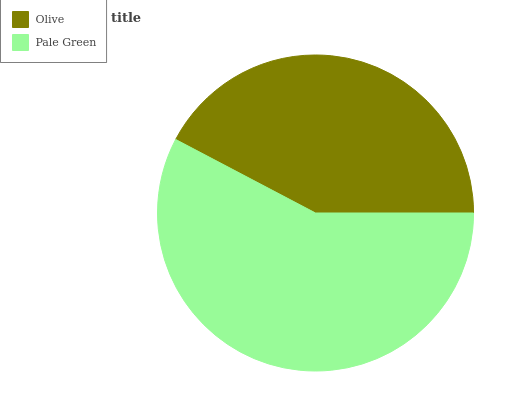
| Olive | Pale Green |
 | --- | --- |
 | 42.3% | 57.7% |